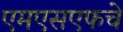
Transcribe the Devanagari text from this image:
एमएसएफचे